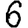
Digit: 6